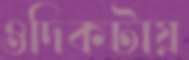
ওদিকটায়